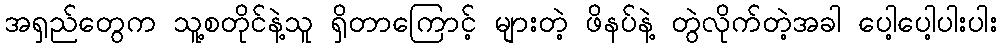
အရှည်တွေက သူ့စတိုင်နဲ့သူ ရှိတာကြောင့် များတဲ့ ဖိနပ်နဲ့ တွဲလိုက်တဲ့အခါ ပေါ့ပေါ့ပါးပါး